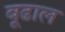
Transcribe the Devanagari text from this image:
बूढाल